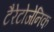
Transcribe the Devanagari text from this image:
टैरेटोजेनिक